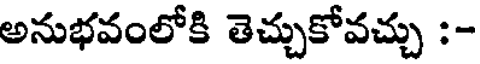
అనుభవంలోకి తెచ్చుకోవచ్చు :-